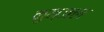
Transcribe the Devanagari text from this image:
कुन्जल